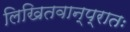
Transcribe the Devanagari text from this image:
लिखितवान्प्रातः